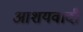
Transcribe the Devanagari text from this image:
आशयवादी